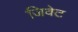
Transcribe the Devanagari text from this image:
जिवेट